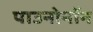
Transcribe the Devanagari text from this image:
पाउनोनॉन